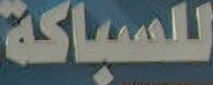
للسباكة